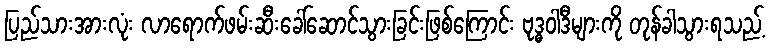
ပြည်သားအားလုံး လာရောက်ဖမ်းဆီးခေါ်ဆောင်သွားခြင်းဖြစ်ကြောင်း ဗုဒ္ဓဝါဒီများကို တုန်ခါသွားရသည့်